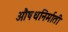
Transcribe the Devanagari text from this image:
औषधनिर्माती